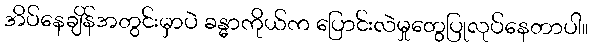
အိပ်နေချိန်အတွင်းမှာပဲ ခန္ဓာကိုယ်က ပြောင်းလဲမှုတွေပြုလုပ်နေတာပါ။